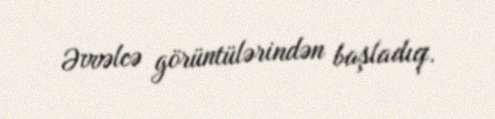
Əvvəlcə görüntülərindən başladıq.